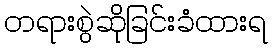
တရားစွဲဆိုခြင်းခံထားရ